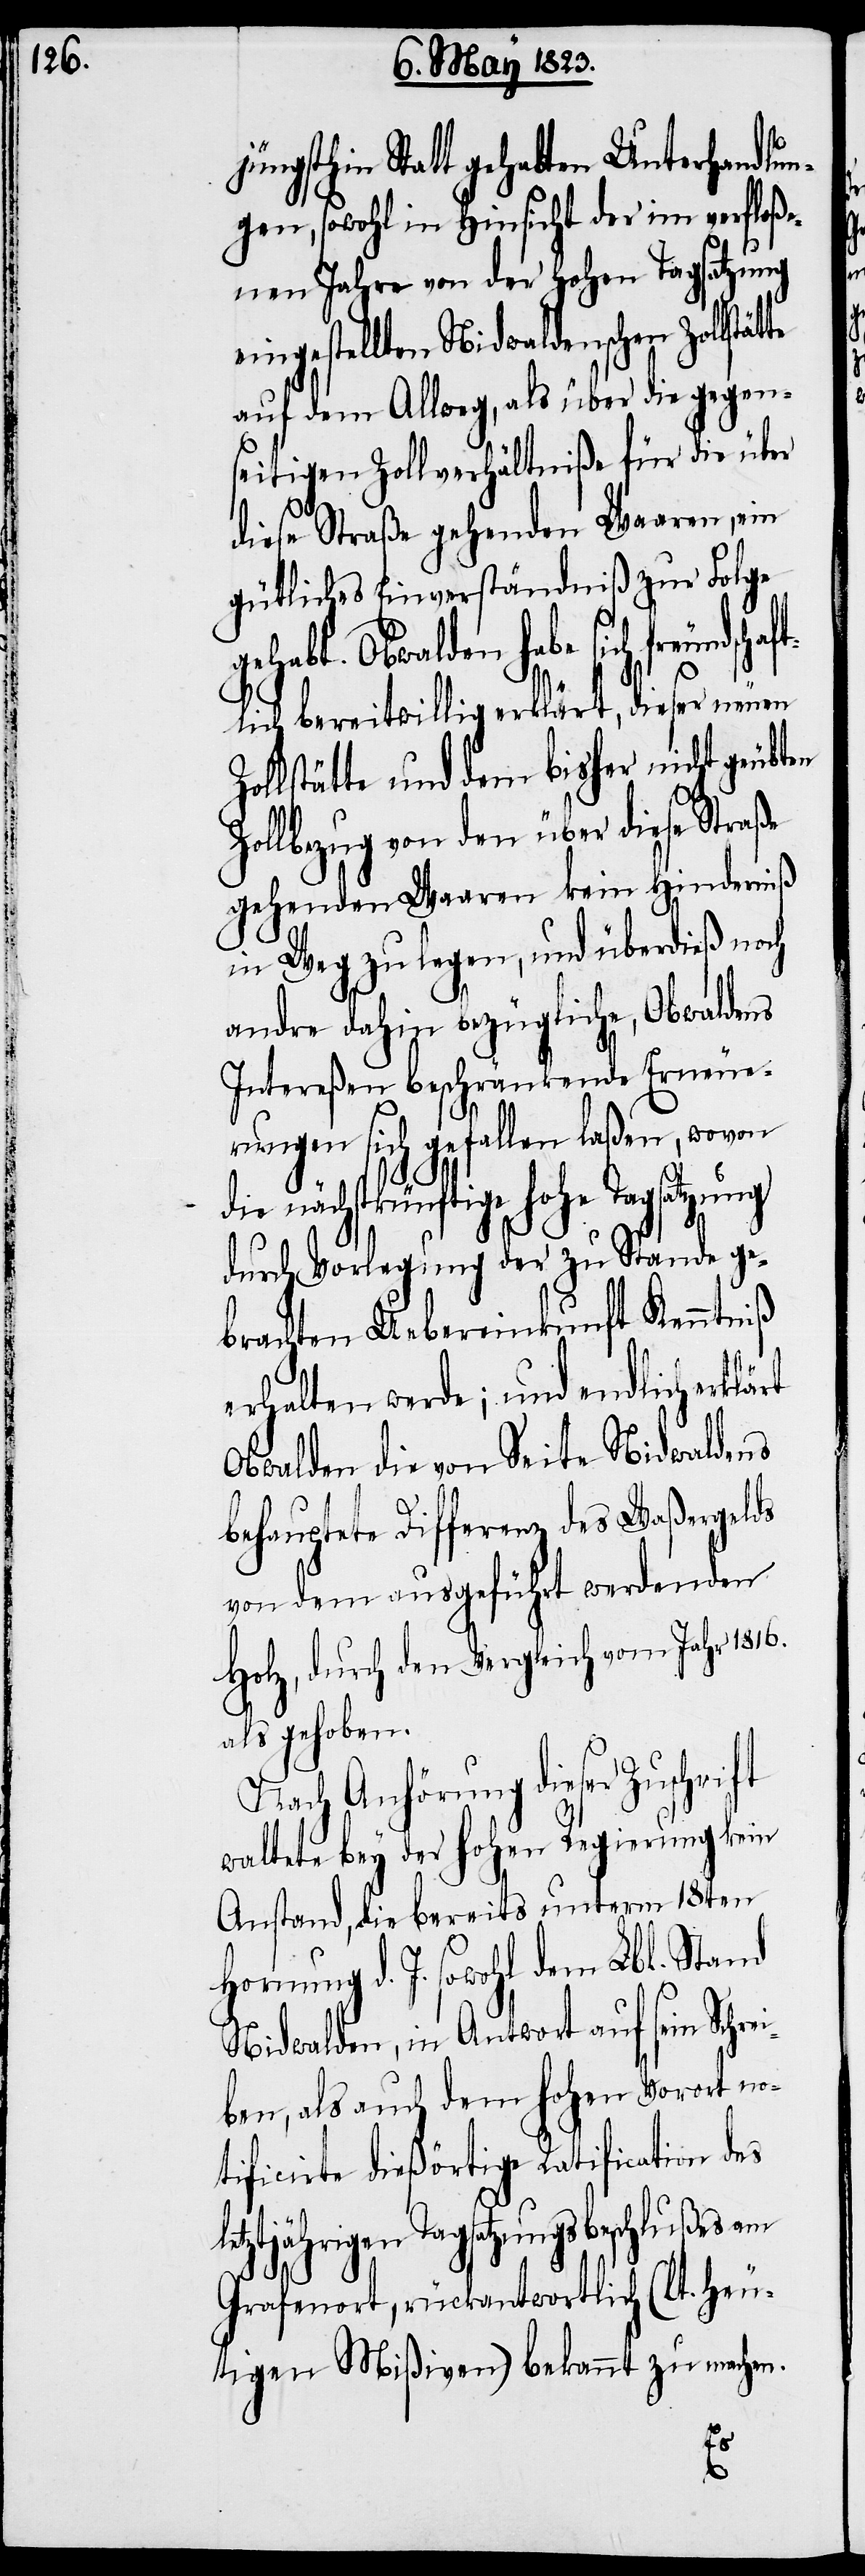
let¬

üngsthin Statt gehabten Unterhandlun¬
gen, sowohl in Hinsicht der im verfloße¬
nen Jahre von der hohen Tagsatzung
eingestellten Nidwaldenschen Zollstät¬
auf dem Allweg, als über die gegens¬
eitigen Zollverhältniße für die über
diese Straße gehenden Waaren, ein
gütliches Einverständniß zur Folge
gehabt. Obwalden habe sich freundscha¬
ftlich bereitwillig erklärt, dieser neuen
Zollstätte und dem bisher nicht geübten
Zollbezug von den über diese Straße
gehenden Waaren kein Hinderniß
Weg zu legen, und überdieß noch
andre dahin bezügliche, Obwaldens
Intereßen beschränkende Erneue¬
rungen sich gefallen laßen, wovon
die nächstkünftige hohe Tagsatzung
durch Vorlegung der zu Stande ge¬
brachten Uebereinkunft Kenntniß
erhalten werde; und endlich
Obwalden die von Seite Nidwaldens
behauptete Differenz des Waßergelds
von dem ausgeführt werdenden
Holz, durch den Vergleich vom Jahr 1816.
als gehoben.
Nach Anhörung dieser Zuschrift
waltete bey der hohen Regierung kein
Anstand, die bereits unterm 18ten
Hornung d. J. sowohl dem Lbl. Stand
Nidwalden, in Antwort auf sein Schrei¬
ben, als auch dem hohen Vorort no¬
tificirte dießörtige Ratification des
ztjährigen Tagsatzungsbeschlußes am
Grafenort, rückantwortlich (lt. heu¬
tigen Mißiven) bekannt zu machen.